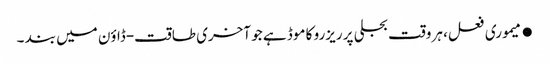
●میموری فعل، ہر وقت بجلی پر ریزرو کا موڈ ہے جو آخری طاقت-ڈاؤن میں بند ۔